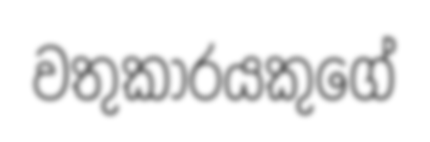
වතුකාරයකුගේ